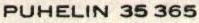
PUHELIN 35 365